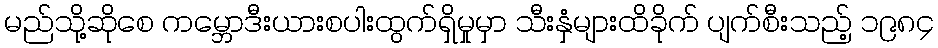
မည်သို့ဆိုစေ ကမ္ဘောဒီးယားစပါးထွက်ရှိမှုမှာ သီးနှံများထိခိုက် ပျက်စီးသည့် ၁၉၈၄